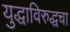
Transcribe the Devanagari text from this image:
युद्धाविरुद्धचा